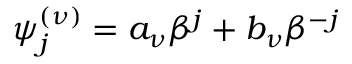
\psi _ { j } ^ { ( \nu ) } = a _ { \nu } \beta ^ { j } + b _ { \nu } \beta ^ { - j }